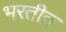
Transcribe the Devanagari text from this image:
भरतीत